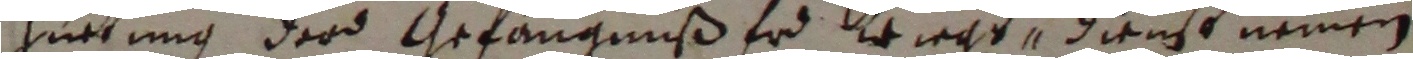
hürrung der gefangnuß er krierd, dienst nemmen